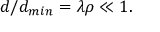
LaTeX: d / d _ { m i n } = \lambda \rho \ll 1 .